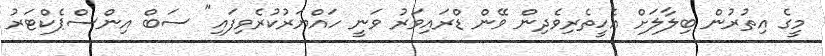
މީގެ އިތުރުން ބިލާލަށް އެހީތެރިވެދިން ވޭން ޑްރައިވަރު ވަނީ ހައްޔަރުކުރެވިފައި" ސަބް އިންސްޕެކްޓަރު